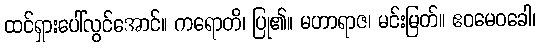
ထင်ရှားပေါ်လွင်အောင်။ ကရောတိ၊ ပြု၏။ မဟာရာဇ၊ မင်းမြတ်။ ဧဝမေဝခေါ၊